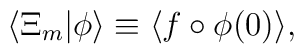
\langle \Xi_m |\phi \rangle \equiv \langle f \circ \phi(0)\rangle,